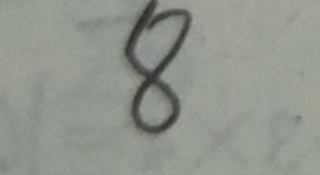
8